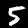
Label: 5